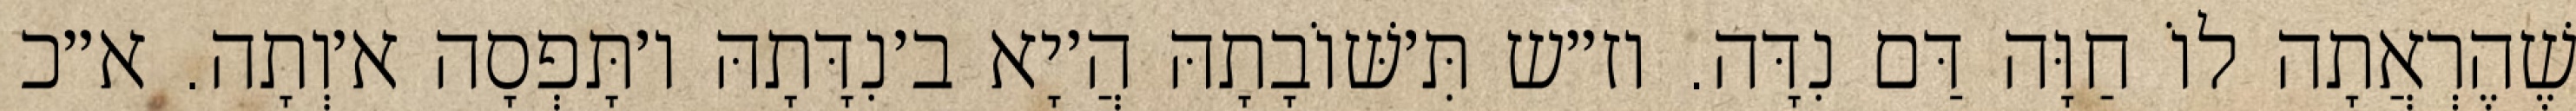
שֶׁהֶרְאֲתָה לוֹ חַוָּה דַּם נִדָּה. וז״ש תִּ׳שּׁוֹבָתָהּ הֲ׳יָא ב׳נִדָּתָהּ ו׳תָּפְסָה א׳וְתָה. א״כ